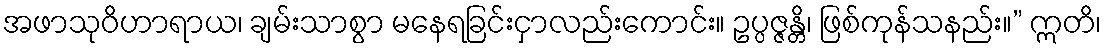
အဖာသုဝိဟာရာယ၊ ချမ်းသာစွာ မနေရခြင်းငှာလည်းကောင်း။ ဥပ္ပဇ္ဇန္တိ၊ ဖြစ်ကုန်သနည်း။” ဣတိ၊